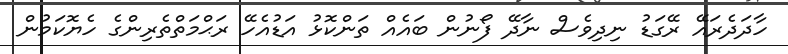
ހާދަދެރައޭ ރޭގަޑު ނިދިވެސް ނާދޭ ފޯނުން ބައެއް ތަންކޮޅު އަޑުއެހޭ ރަޙްމަތްތެރިންގެ ހެޔޮކަމުން